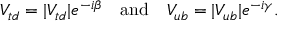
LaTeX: V _ { t d } = | V _ { t d } | e ^ { - i \beta } \quad \mathrm { a n d } \quad V _ { u b } = | V _ { u b } | e ^ { - i \gamma } .